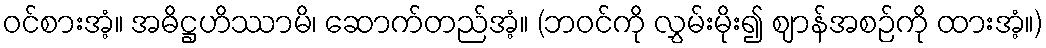
ဝင်စားအံ့။ အဓိဋ္ဌဟိဿာမိ၊ ဆောက်တည်အံ့။ (ဘဝင်ကို လွှမ်းမိုး၍ ဈာန်အစဉ်ကို ထားအံ့။)